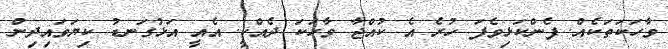
ވާހަކަތަކެއް. ފެންކަޅިވެފަ ހުރެ އެ ކުއްޖާ ވާހަކަ ދެއްކީ. އެއީ އަޅުގަނޑު ކިޔަވައިދިން